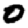
Digit: 0